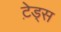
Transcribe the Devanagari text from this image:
टे़ड्स